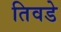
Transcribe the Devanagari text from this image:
तिवडे